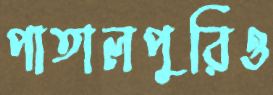
পাতালপুরিও